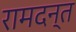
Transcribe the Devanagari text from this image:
रामदन्त